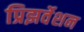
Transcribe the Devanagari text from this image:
प्रिझर्वेशन